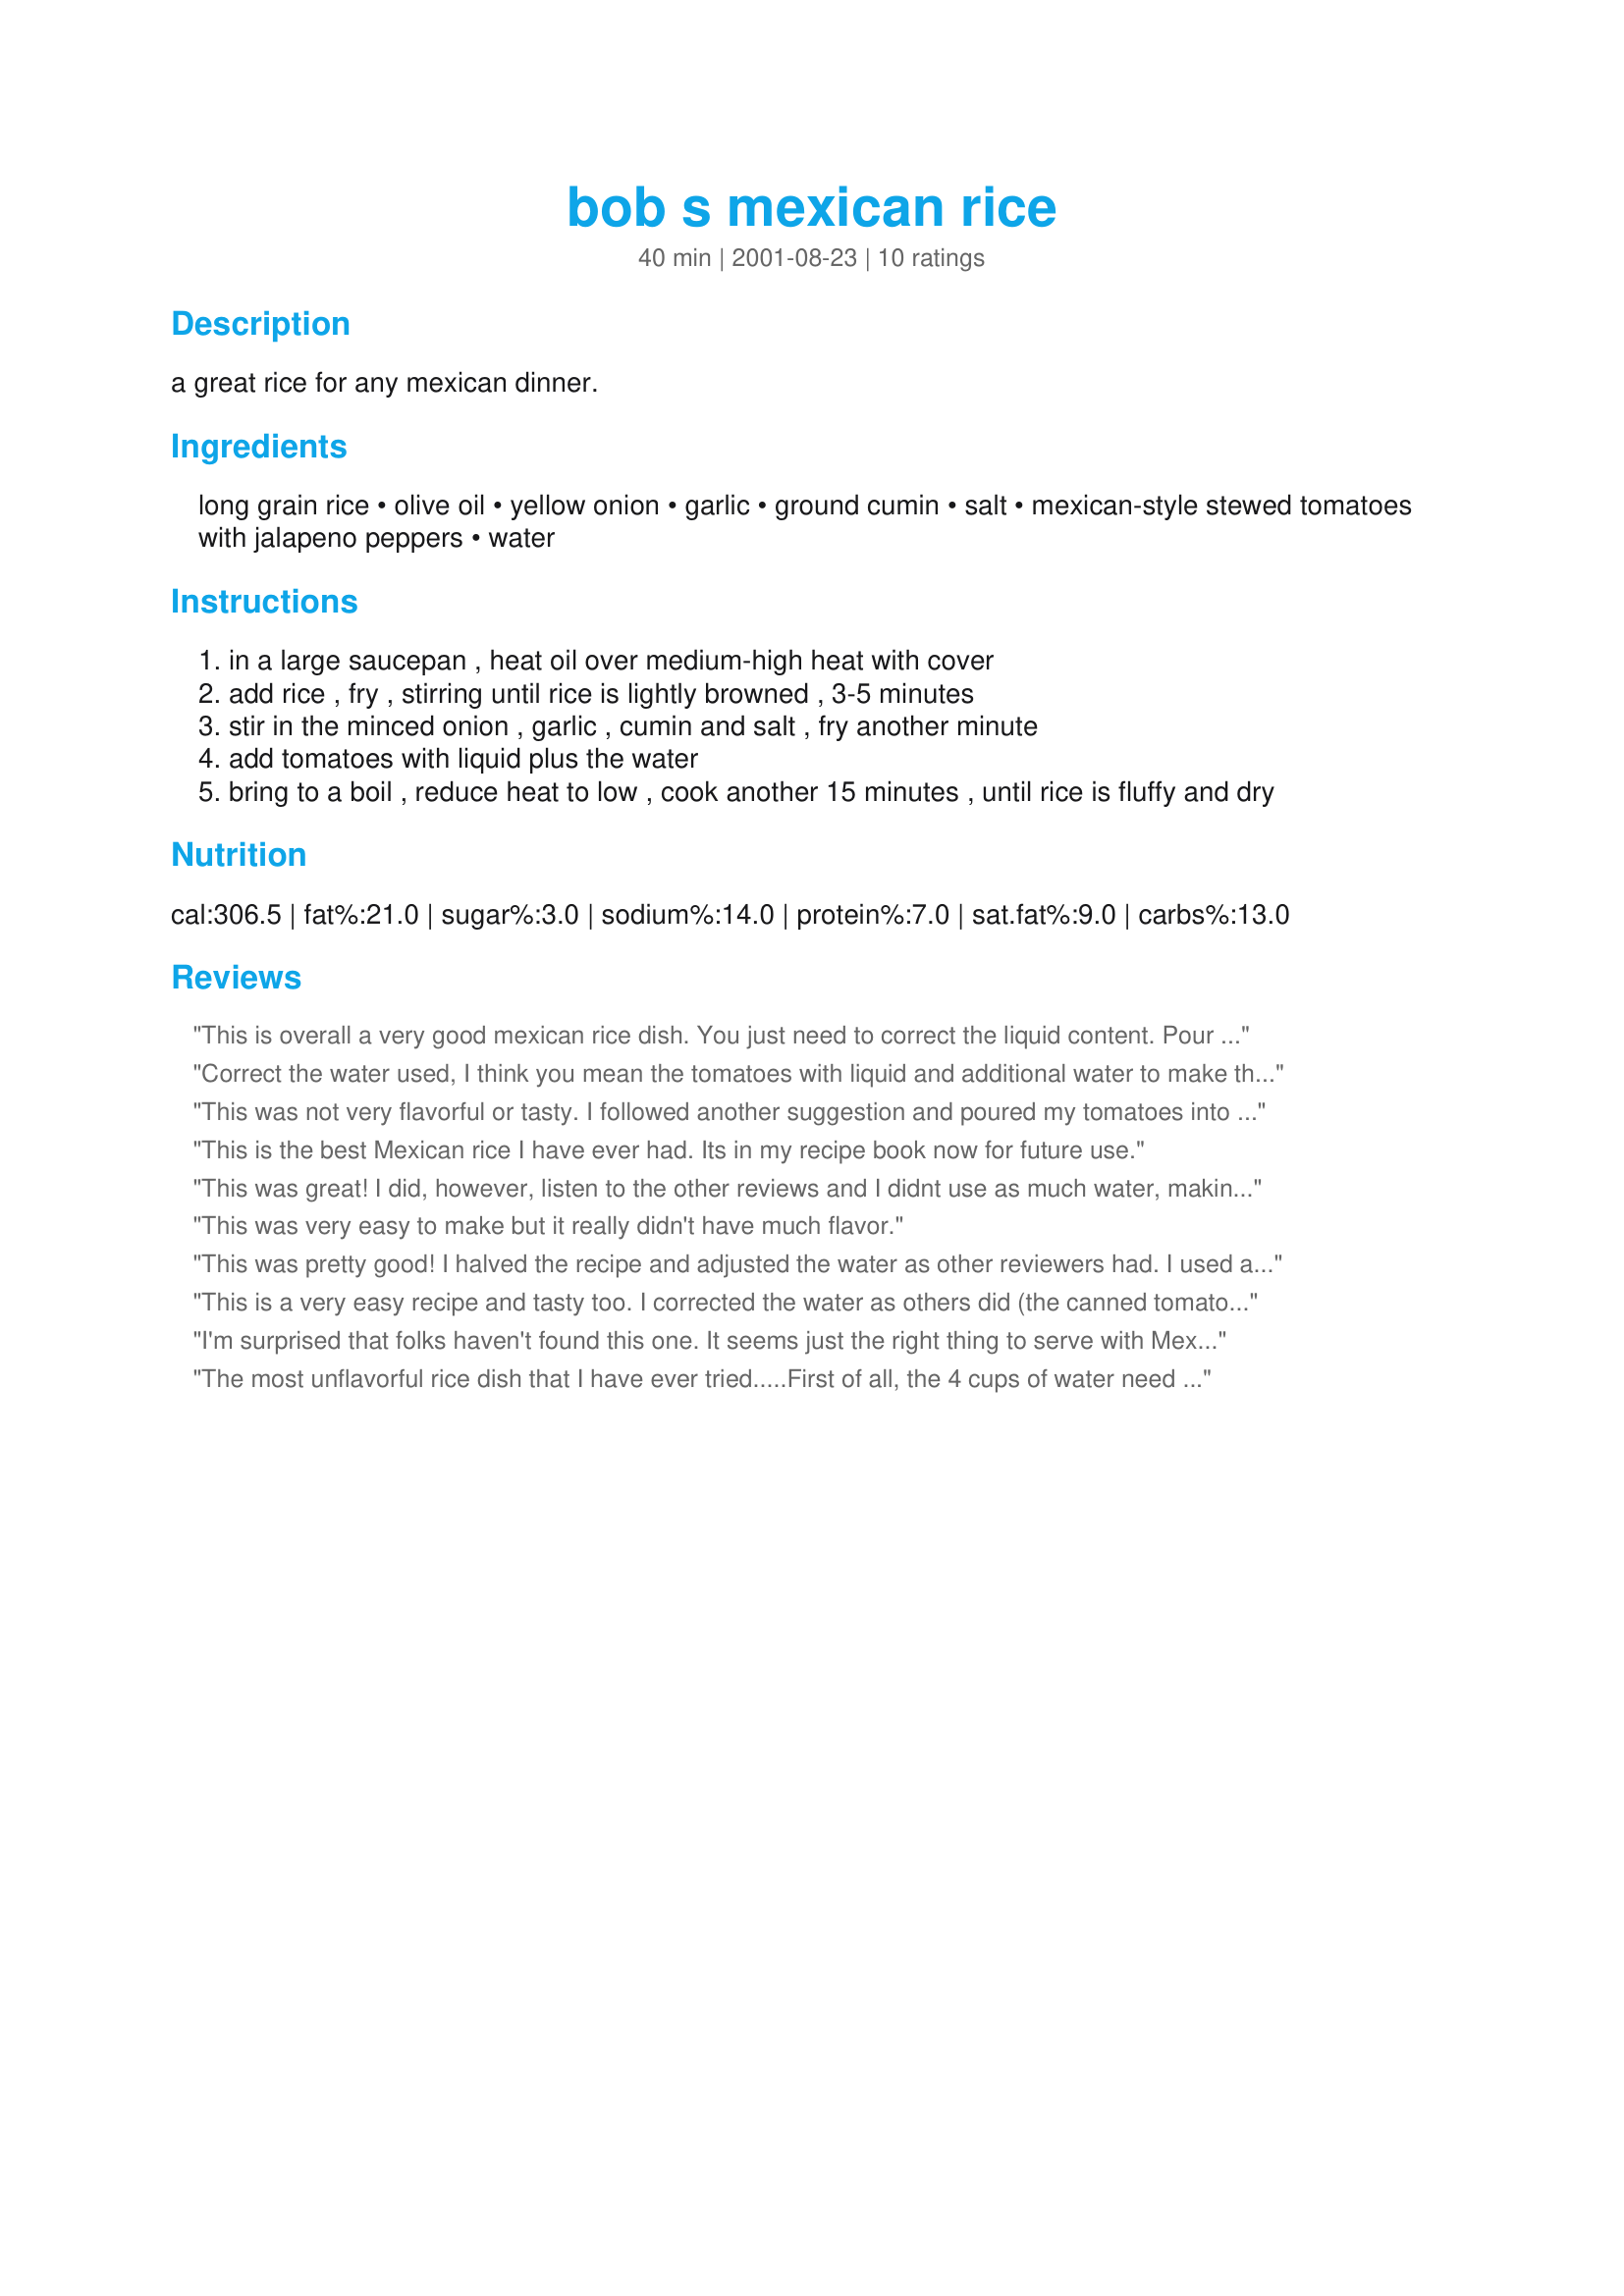
bob s mexican rice
Preparation time: 40 minutes

a great rice for any mexican dinner.

Ingredients:
long grain rice, olive oil, yellow onion, garlic, ground cumin, salt, mexican-style stewed tomatoes with jalapeno peppers, water

Steps:
in a large saucepan , heat oil over medium-high heat with cover
add rice , fry , stirring until rice is lightly browned , 3-5 minutes
stir in the minced onion , garlic , cumin and salt , fry another minute
add tomatoes with liquid plus the water
bring to a boil , reduce heat to low , cook another 15 minutes , until rice is fluffy and dry

Reviews:
This is overall a very good mexican rice dish. You just need to correct the liquid content. Pour the can of stewed tomatoes into a four cup liquid measuring cup, and add water to make four cups of liquid total. The taste of the rice is excellent, it's a great sidedish to any mexican meal.
Correct the water used, I think you mean the tomatoes with liquid and additional water to make the liquid 4 cups, certainly not an additional 4 cups of water
This was not very flavorful or tasty. I followed another suggestion and poured my tomatoes into a big measuring bowl and added enough water to make four cups of liquid. The last step doesn't say if we are to put the lid on the pot or not while cooking, but I put the lid on and the texture was fine. I also added one cup of frozen corn for flavor. This had too much cumin and not enough other flavors for my taste.
This is the best Mexican rice I have ever had. Its in my recipe book now for future use.
This was great! I did, however, listen to the other reviews and I didnt use as much water, making it with the tomatoes in the measuring container a total of 4 cups. It turned out perfect! I also added in a tsp of chili powder and served it with my chicken enchiladas and some refried beans. Thanks for a great recipe!
This was very easy to make but it really didn't have much flavor.
This was pretty good! I halved the recipe and adjusted the water as other reviewers had. I used about half a white onion which was plenty. Really yummy and I will make it again with our Mexican dishes.
This is a very easy recipe and tasty too. I corrected the water as others did (the canned tomatoes AND water should equal 4 cups together, NOT four cups of water).
I'm surprised that folks haven't found this one. It seems just the right thing to serve with Mexican entrees! When I halve the recipe, I still use one 14 oz. can of the diced tomatoes (either the ones with jalapenos or those with green chilies), and just reduce the amount water a bit. It's a very user-friendly dish, adapting well to spicy and not-so-spicy dishes. Heck, one dinner guest last night had three helpings...and took home the leftovers! I'd say that speaks pretty well for Bob's Rice...Grammy Bunny
The most unflavorful rice dish that I have ever tried.....First of all, the 4 cups of water need about an hour to absord instead of 15 minutes; after 20 minutes, I had to drain the liquid off because it was taking way too long.....Definitely not something that I would recommend or try again...Sorry, Bob, but this dish definitely bellied up
